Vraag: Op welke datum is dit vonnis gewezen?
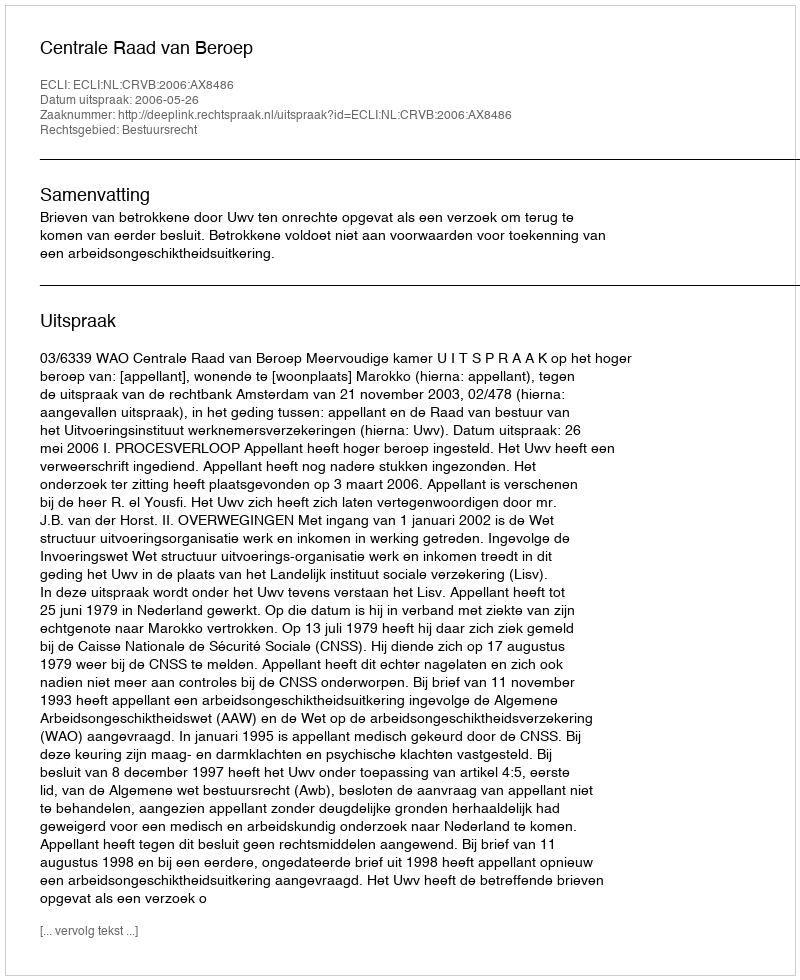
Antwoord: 2006-05-26